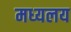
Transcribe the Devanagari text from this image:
मध्‍यलय